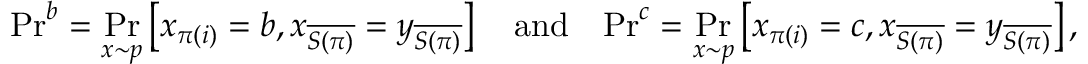
\mathrm { P r } ^ { b } = \operatorname* { P r } _ { x \sim p } \left[ x _ { \pi ( i ) } = b , x _ { \overline { { S ( \pi ) } } } = y _ { \overline { { S ( \pi ) } } } \right] \quad \mathrm { a n d } \quad \mathrm { P r } ^ { c } = \operatorname* { P r } _ { x \sim p } \left[ x _ { \pi ( i ) } = c , x _ { \overline { { S ( \pi ) } } } = y _ { \overline { { S ( \pi ) } } } \right] ,